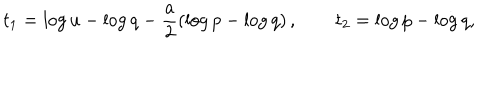
LaTeX: t _ { 1 } = \log u - \log q - \frac { a } { 2 } ( \log p - \log q ) \, , \qquad t _ { 2 } = \log p - \log q ,